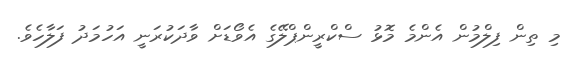
މި ތިން ފިލްމުން އެންމެ މޮޅު ސްކްރީންޕްލޭގެ އެވޯޑަށް ވާދަކުރަނީ އަހުމަދު ފަލާހެވެ.